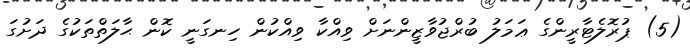
(5) ޕުރޮލެޓާރީންގެ ޢަމަލު ބުރްޖުވާޒީންނަށް ވިއްކާ ވިއްކުން ހިނގަނީ ކޮން ޙާލަތްތަކުގެ ދަށުގަ